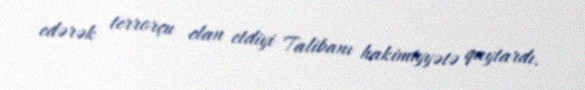
edərək terrorçu elan etdiyi Talibanı hakimiyyətə qaytardı.